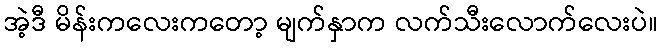
အဲ့ဒီ မိန်းကလေးကတော့ မျက်နှာက လက်သီးလောက်လေးပဲ။